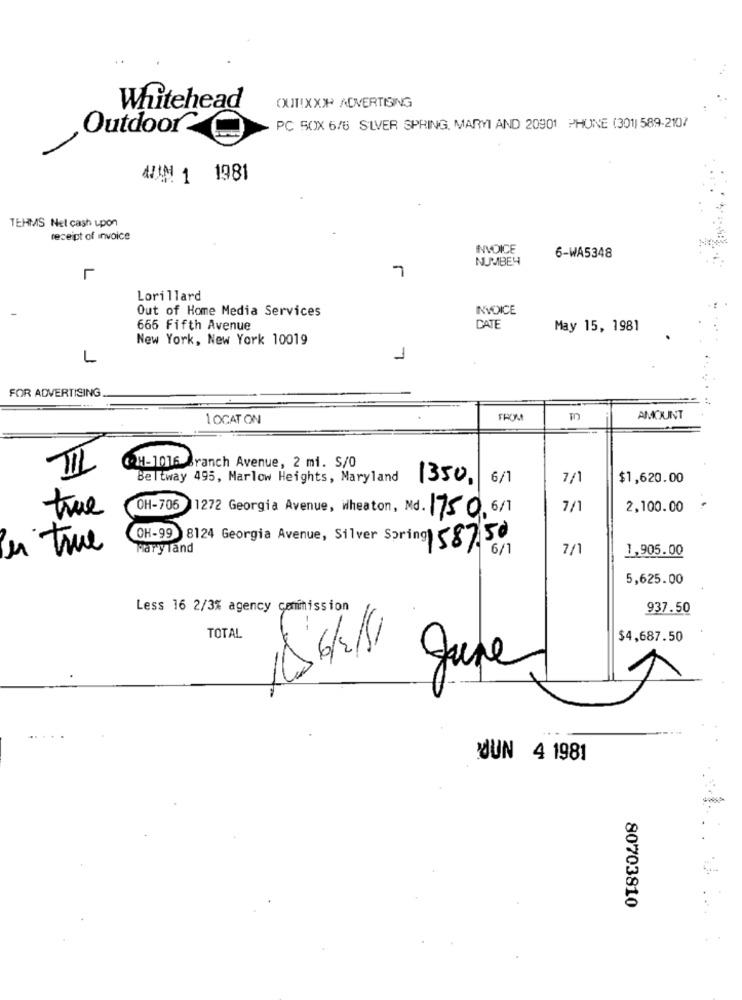
Whitehead
OXUIT!XXX ADVERTISING
Outdoor
PC SOX 6/6 SILVER SPRING, MARYI AND 20901 PHUNE (301) 589-2107
AAM 1 1981
TERMS Net cash upon
receipt of invoice
INVOICE
NUMMBEY
6-WA5348
7
L
Lorillard
Out of Home Media Services
INVOICE
665 Fifth Avenue
CATE
May 15, 1981
New York, New York 10019
L
1
FOR ADVERTISING
1 OCAT ON
FROM
m
AMOUNT
III
CH-1016 Branch Avenue, 2 mi. S/0
Beltway 495, Marlow Heights, Maryland
6/1
7/1
$1,620.00
1350,
true
OH-706
1272 Georgia Avenue, Wheaton, Md. 750, 6/7
7/
2,100.00
OH-99 8124 Georgia Avenue, Silver Spring 587.50
in true
Pary Tand
7/
1,905.00
5,625.00
Less 16 2/3% agency commission
937.50
TOTAL
$4,687.50
June
JUN 4 1981
80703810